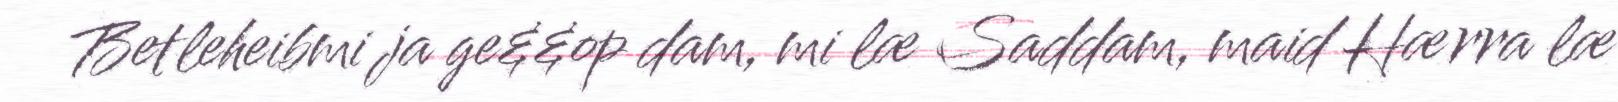
Betleheibmi ja ge&&op dam, mi læ Saddam, maid Hærra læ